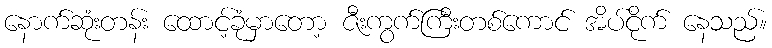
နောက်ဆုံးတန်း ထောင့်ခုံမှာတော့ ဇီးကွက်ကြီးတစ်ကောင် အိပ်ငိုက် နေသည်။